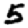
Digit: 5